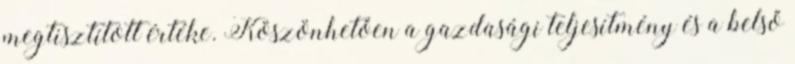
megtisztított értéke. Köszönhetően a gazdasági teljesítmény és a belső